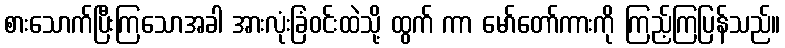
စားသောက်ပြီးကြသောအခါ အားလုံးခြံဝင်းထဲသို့ ထွက် ကာ မော်တော်ကားကို ကြည့်ကြပြန်သည်။